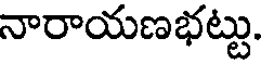
నారాయణభట్టు.